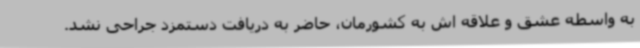
به واسطه عشق و علاقه اش به کشورمان، حاضر به دریافت دستمزد جراحی نشد.